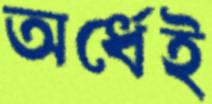
অর্ধেই